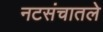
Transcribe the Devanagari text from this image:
नटसंचातले